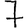
Digit: 7